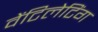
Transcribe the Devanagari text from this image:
वेंटिलेटिंग